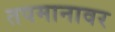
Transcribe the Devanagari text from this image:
तपमानावर